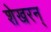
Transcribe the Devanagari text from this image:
शेखरन्